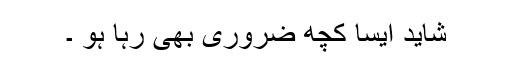
شاید ایسا کچھ ضروری بھی رہا ہو ۔